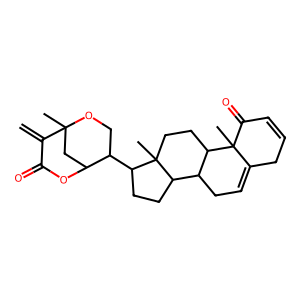
SMILES: C=C1C(=O)OC2CC1(C)OCC2C1CCC2C3CC=C4CC=CC(=O)C4(C)C3CCC12C
Inhibits HIV replication: No